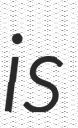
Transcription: is